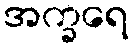
အက္ခရေ